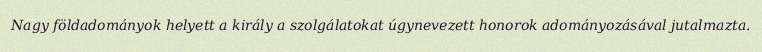
Nagy földadományok helyett a király a szolgálatokat úgynevezett honorok adományozásával jutalmazta.